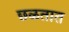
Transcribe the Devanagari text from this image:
छळतात